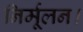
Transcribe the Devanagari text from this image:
निर्मूलन।